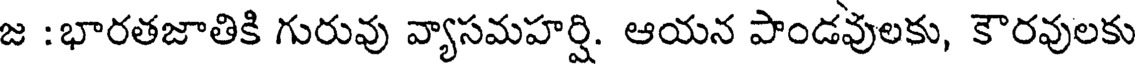
జ :భారతజాతికి గురువు వ్యాసమహర్షి. ఆయన పాండవులకు, కౌరవులకు